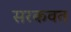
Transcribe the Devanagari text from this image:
सरकवत